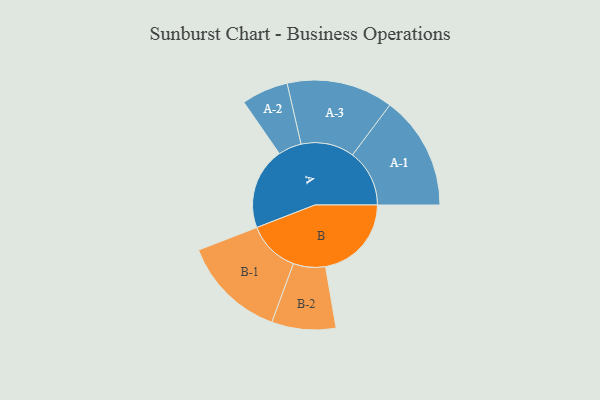
{"axis": {"x": "Segment", "y": "Value"}, "legend": ["", "A", "B"], "data": [{"x": "A", "y": 421, "type": ""}, {"x": "B", "y": 442, "type": ""}, {"x": "A-1", "y": 293, "type": "A"}, {"x": "A-2", "y": 120, "type": "A"}, {"x": "A-3", "y": 274, "type": "A"}, {"x": "B-1", "y": 268, "type": "B"}, {"x": "B-2", "y": 165, "type": "B"}]}